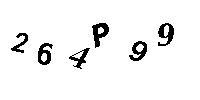
264P99